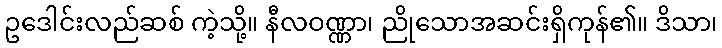
ဥဒေါင်းလည်ဆစ် ကဲ့သို့။ နီလဝဏ္ဏာ၊ ညိုသောအဆင်းရှိကုန်၏။ ဒိသာ၊